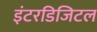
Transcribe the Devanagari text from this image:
इंटरडिजिटल